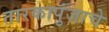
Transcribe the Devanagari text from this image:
तारकापुंजाचे